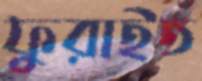
ফুরাইত